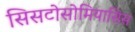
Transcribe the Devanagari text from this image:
सिसटोसोमियासिस